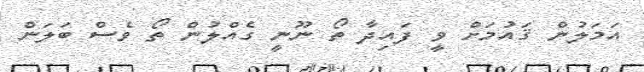
އަމަލުން ޤައުމަށް ވީ ފައިދާ ތޯ ނޫނީ ގެއްލުން ތޯ ވެސް ބަލަން